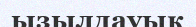
ызылдауық